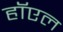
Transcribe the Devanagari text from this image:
हॉएल